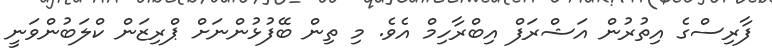
ފާރިސްގެ އިތުރުން އަޝްރަފް އިބްރާހިމް އެވެ. މި ތިން ބޭފުޅުންނަށް ޕްރިޒަން ކްލަބުންވަނީ